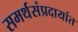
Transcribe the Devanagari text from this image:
समर्थसंप्रदायांत